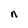
Character: n